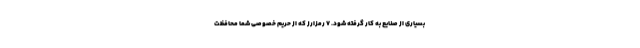
بسیاری از صنایع به کار گرفته شود. 7 رمزارز که از حریم خصوصی شما محافظت